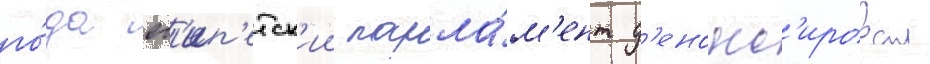
го́да ег'ип'етск'ии парла́м'ент д'енонс'ировал